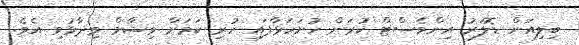
ބިލިއަން ޑޮލަރު އިންވެސްޓް ކުރަން ހުށަހަޅާފައި ހުރި ކަމަށް ވިޝާމް ވިދާޅުވި އެވެ.